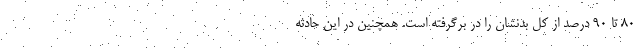
۸۰ تا ۹۰ درصد از کل بدنشان را در برگرفته است. همچنین در این حادثه